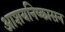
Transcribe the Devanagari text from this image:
आशयनिष्कासन